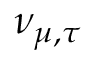
\nu _ { \mu , \tau }